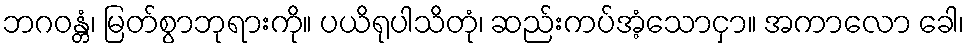
ဘဂဝန္တံ၊ မြတ်စွာဘုရားကို။ ပယိရုပါသိတုံ၊ ဆည်းကပ်အံ့သောငှာ။ အကာလော ခေါ၊